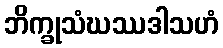
ဘိက္ခုသံဃဿဒါသဟံ